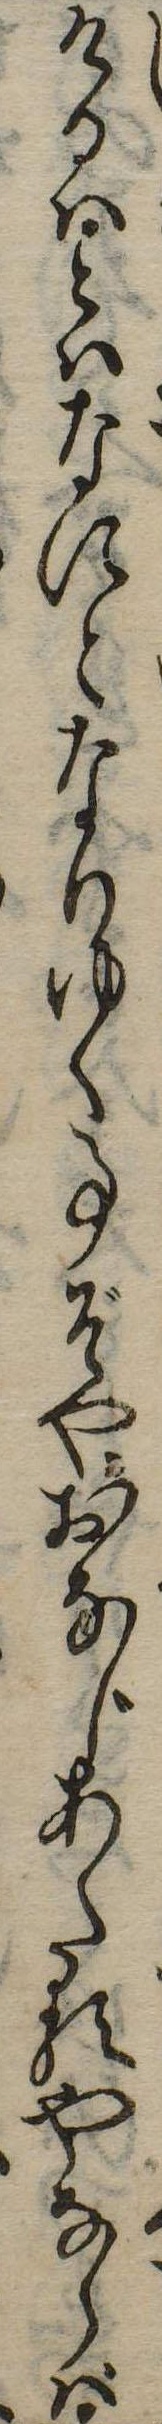
けるはこはなにとなりゆく事ぞやおなじあたるやならば